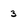
Character: 3